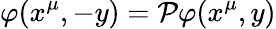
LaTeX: \varphi(x^{\mu},-y)={\cal P}\varphi(x^{\mu},y)